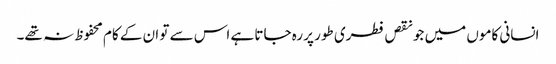
انسانی کاموں میں جو نقص فطری طور پر رہ جاتا ہے اس سے تو ان کے کام محفوظ نہ تھے۔